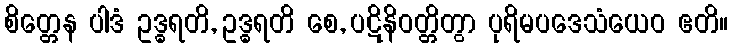
စိတ္တေန ပါဒံ ဥဒ္ဓရတိ, ဥဒ္ဓရတိ စေ, ပဋိနိဝတ္တိတွာ ပုရိမပဒေသံယေဝ ဧတိ။